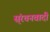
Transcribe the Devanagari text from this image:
स्ंरचनवादी